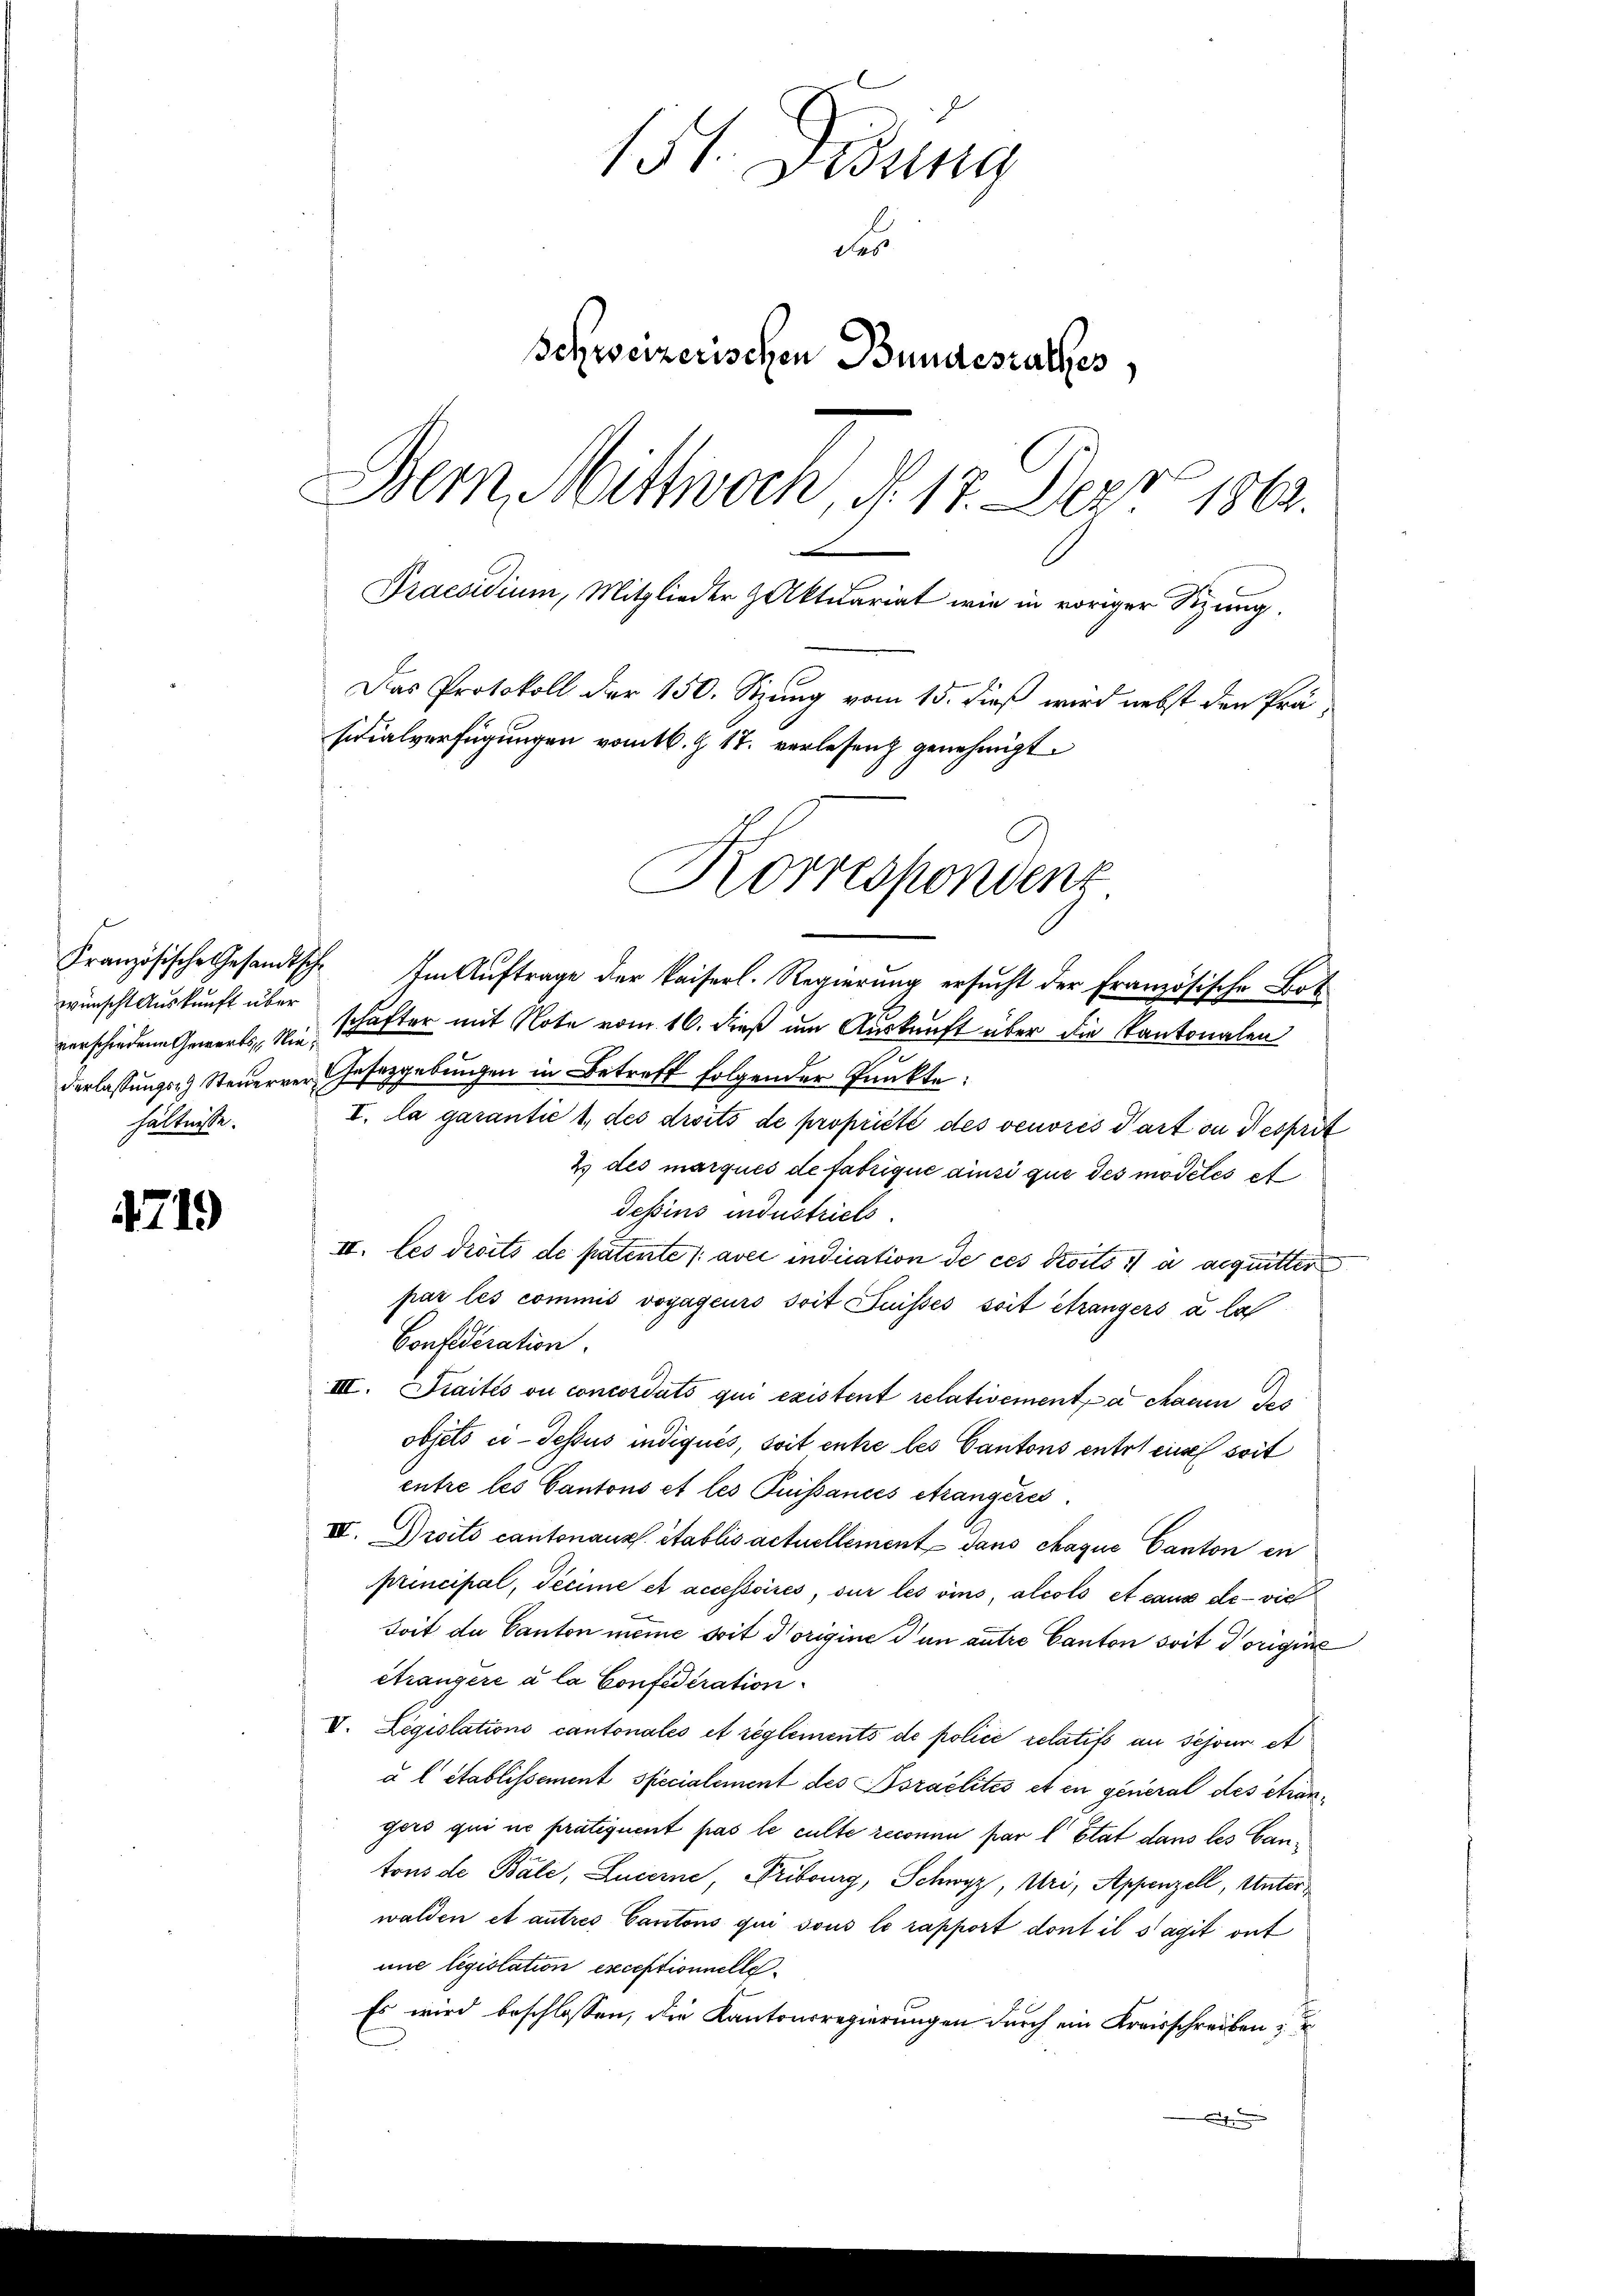
wünscht Auskunft über
hältnisse.

4719

Praesidium, Mitglieder Aktuariat wie in voriger Sitzung.
Das Protokoll der 150. Sitzung vom 15. dieß wird nebst den Prä¬
Französische Gesandtsch. Im Aŭftrage der Kaiserl. Regierŭng ersŭcht der Französische Bot
verschiedene Gewerts, wie schäfter mit Note vom 16. dieß um Auskunft über die Kantonalen
derlassungs- Steuerrer Gesetzgebungen in Betreff folgender Punkte:
I. Na garantie 1, des droits de propriété des veuvres Part in Gesprit
2 des marqués de fabrique ainsi que des modetés et
Tessins industriels.
II. les droits de patente avec indication de ces droits à acquitter
par les commis voyageurs soit Fusses soit étrangers u. las
Confederation.
III. Traités ou concordats qui existent relativement a chauen des
objets ci-dessus indiqués, soit entre les Cantons entrt eine soit
entre les Cantons et les Puissances étrangères.
IV. Drotto cantonaux établis actuellement dans chaque Canton en
principal, decime et accessoires, sur les vins, alcols et caus de - vie
Joit de Canton meine soit Vorigine un autre Canton soit Vorigie
étrangere a la Confederation
V. Legislations cantonales et reglements de police relatifs an schöne et
à l établissement specialement des Doraelités et en general des étrangers qui ne pratiquent pas le culte reconnu par l’Etat dans les Cantons de Bale, Lucerne, Fribourg, Schwyz, Uri, Appenzell, Unterwalden et autres Cantons qui sous le rapport dont il s’agit out
une législation exceptionnelle
Es wird beschlossen, die Kantonsregierungen durch ein Kreisschreiben
A

15t. Fidung
des
Schweizerischen Bundesrathes,
Dem Mittwoch, d. 17. Der 1863.

sidialverfügungen vom 16. Z. 17. verlesen genehmigt
Korrespondenz